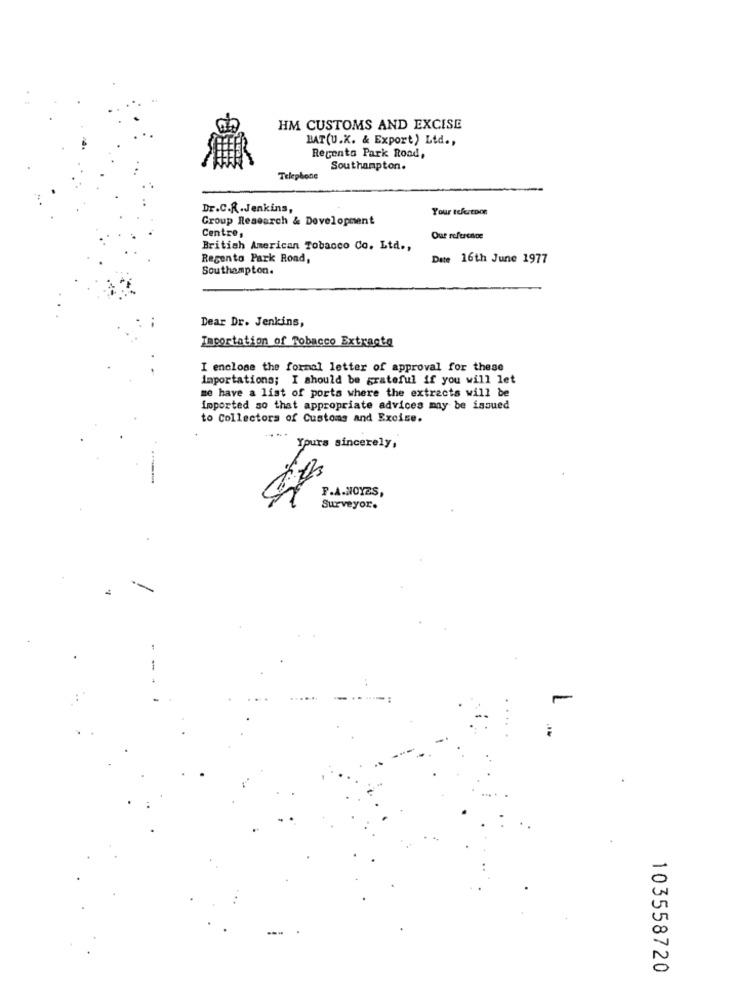
HM CUSTOMS AND EXCISE
BAT(U.K. & Export) Ltd .,
Regents Park Road,
Southampton.
Telephone
Dr.C.R. Jenkins,
Your tekstDos
Group Research & Development
Centre,
Our reference
British American Tobacco Co. Ltd .,
Regento Park Rond,
Date 16th June 1977
Southampton.
Dear Dr. Jenkins,
Importation of Tobacco Extracta
I enclose the formal letter of approval for these
importations; I should be grateful if you will let
me have a list of ports where the extracts will be
Imported so that appropriate advices may be issued
to Collectors of Customs and Excise.
Yours sincerely,
F.A.NOYES,
Surveyor.
...
103558720